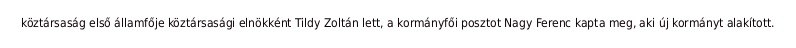
köztársaság első államfője köztársasági elnökként Tildy Zoltán lett, a kormányfői posztot Nagy Ferenc kapta meg, aki új kormányt alakított.